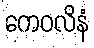
ကေဝလိနံ